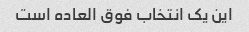
این یک انتخاب فوق العاده است